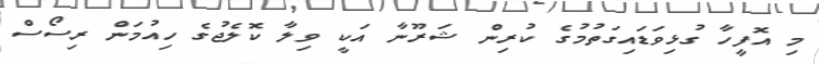
މި އޮފީހާ ގުޅިވަޑައިގަތުމުގެ ކުރިން ޝަރޫނާ އަކީ ވިލާ ކޮލެޖުގެ ހިއުމަން ރިސޯސް